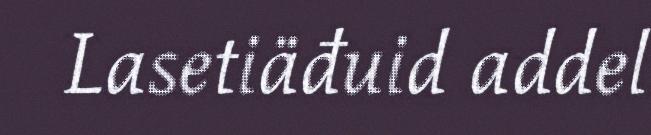
Lasetiäđuid addel